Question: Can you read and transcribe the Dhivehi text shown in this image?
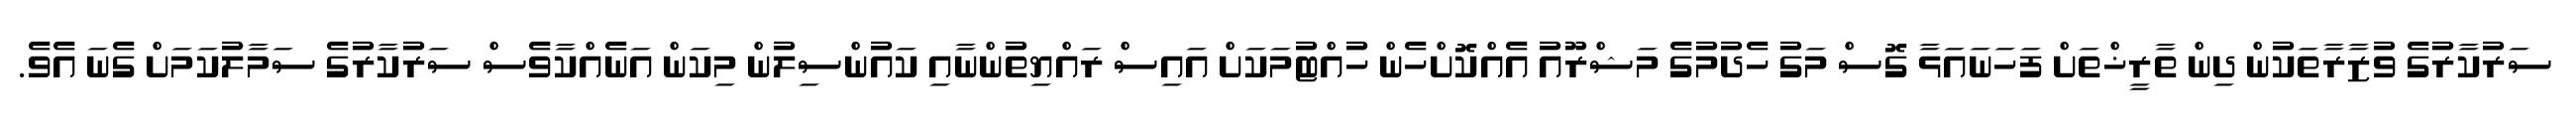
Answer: ސަރުކާރުގެ ވުޒާރާތަކުން ދިން ތާރީޚްތަށް ފަހަނައަޅާ ގޮސް މަގު ހެދުމުގެ މަޝްރޫއު އެއްކޮށްހެން ހުއްޓުމަކަށް އައިސް ރައްޔިތުންނާއި ކައުންސިލުން މިކަން އަނެއްކާވެސް ސަރުކާރުގެ ސަމާލުކަމަށް ގެނަ އެވެ.